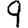
Digit: 9